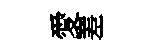
愛嵳